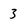
Character: 3